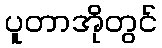
ပူတာအိုတွင်